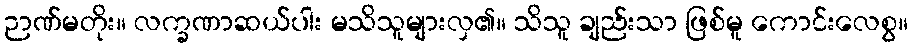
ဉာဏ်မတိုး။ လက္ခဏာဆယ်ပါး မသိသူများလှ၏။ သိသူ ချည်းသာ ဖြစ်မူ ကောင်းလေစွ။